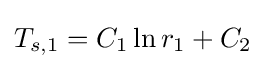
{T_{s,1}=C_{1}\ln r_{1}+C_{2}}